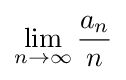
\displaystyle \lim _{n\to \infty }{\frac {a_{n}}{n}}